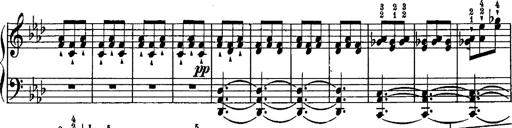
Title: Schubert's Impromptus [revised and edited by Franz Liszt]
Composer: Franz Liszt